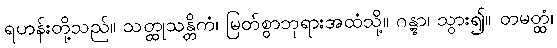
ရဟန်းတို့သည်။ သတ္ထုသန္တိကံ၊ မြတ်စွာဘုရားအထံသို့။ ဂန္တွာ၊ သွား၍။ တမတ္ထံ၊